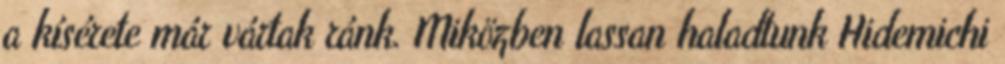
a kísérete már vártak ránk. Miközben lassan haladtunk Hidemichi